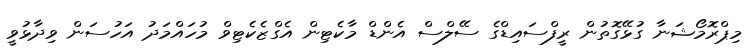
މިޕްރޮމޯޝަނާ ގުޅޭގޮތުން ރީފްސައިޑްގެ ސޭލްސް އެންޑް މާކެޓިން އެގްޒެކެޓިވް މުހައްމަދު އަހުސަން ވިދާޅުވީ